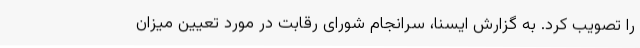
را تصویب کرد. به گزارش ایسنا، سرانجام شورای رقابت در مورد تعیین میزان